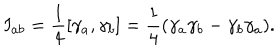
I _ { a b } = { \frac 1 4 } [ \gamma _ { a } , \gamma _ { b } ] = { \frac 1 4 } ( \gamma _ { a } \gamma _ { b } - \gamma _ { b } \gamma _ { a } ) .